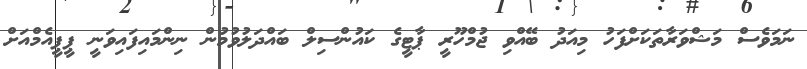
ނަމަވެސް މަޝްވަރާތަކަށްފަހު މިއަދު ބޭއްވި ޖުމްހޫރީ ޕާޓީގެ ކައުންސިލް ބައްދަލުވުމުން ނިންމައިފައިވަނީ ޕީޕީއެމްއަށް